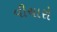
વીચારો